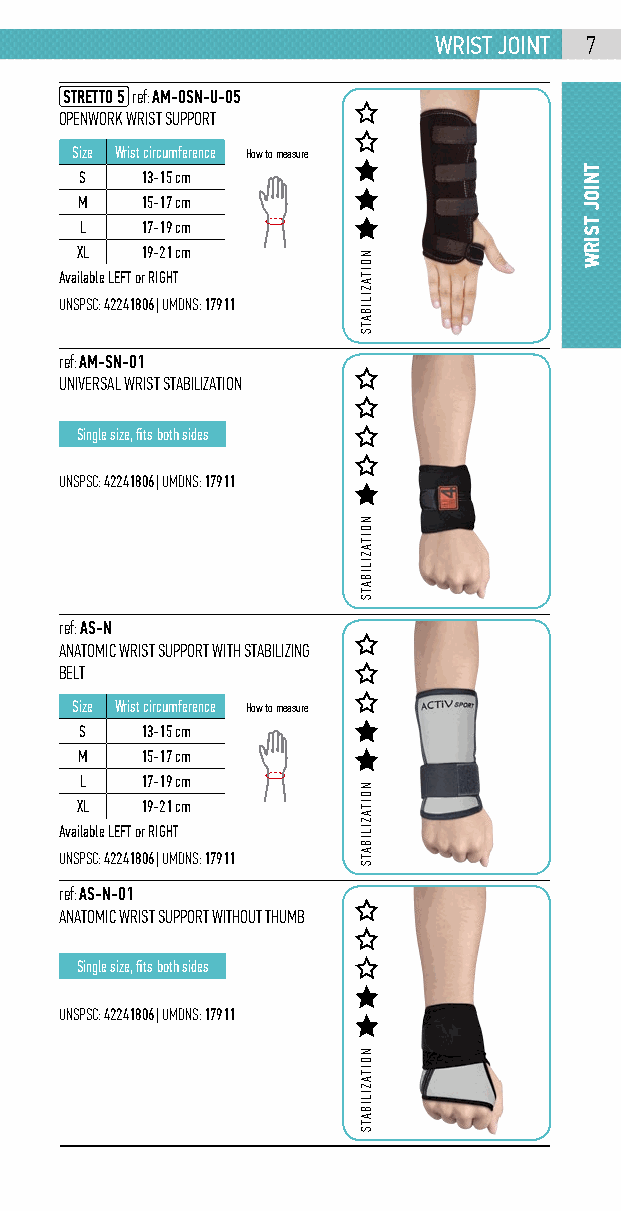
Wrist joint 7
 STRETTO 5 ref: AM-OSN-U-05
 OPENWORK WRIST SUPPORT
 Size Wrist circumference How to measure
 S   13-15 cm
 M   15-17 cm
 L   17-19 cm
 XL  19-21 cm
 Available LEFT or RIGHT
 UNSPSC: 42241806 | UMDNS: 17911
 ref: AM-SN-01
 UNIVERSAL WRIST STABILIZATION
 Single size, fits both sides
 UNSPSC: 42241806 | UMDNS: 17911
 ref: AS-N
 ANATOMIC WRIST SUPPORT WITH STABILIZING
 BELT
 Size Wrist circumference How to measure
 S   13-15 cm
 M   15-17 cm
 L   17-19 cm
 XL  19-21 cm
 Available LEFT or RIGHT
 UNSPSC: 42241806 | UMDNS: 17911
 ref: AS-N-01
 ANATOMIC WRIST SUPPORT WITHOUT THUMB
 Single size, fits both sides
 UNSPSC: 42241806 | UMDNS: 17911
 NOITAZILIBATS
 NOITAZILIBATS
 NOITAZILIBATS
 NOITAZILIBATS
 tNioj
 tsirW